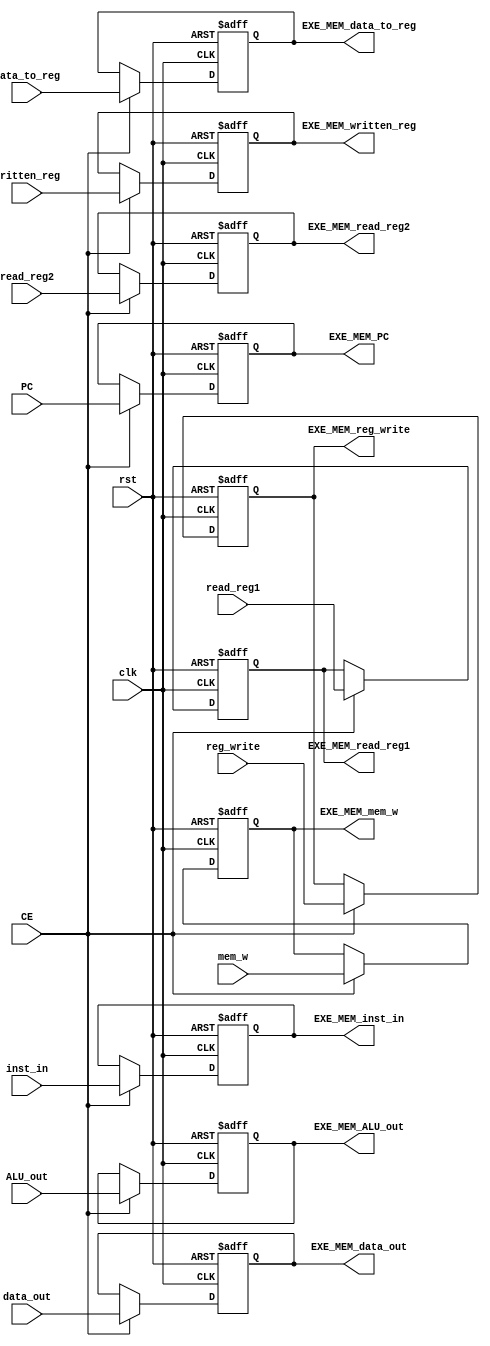
`timescale 1ps / 1ps
//////////////////////////////////////////////////////////////////////////////////
// Company: 
// Engineer: 
// 
// Design Name: 
// Module Name: REG_EXE_MEM
// Project Name: 
// Target Devices: 
// Tool Versions: 
// Description: 
// 
// Dependencies: 
// 
// Revision:
// Revision 0.01 - File Created
// Additional Comments:
// 
//////////////////////////////////////////////////////////////////////////////////


module REG_EXE_MEM(
        input clk,
        input rst,
        input CE,
        // Input
        input [31:0] inst_in,
        input [31:0] PC,
        input [31:0] ALU_out,
        input [31:0] data_out,
        input mem_w,
        input [1:0] data_to_reg,
        input reg_write,
        input [4:0] written_reg,
        input [4:0] read_reg1,
        input [4:0] read_reg2,
        
        // Output
        output reg [31:0] EXE_MEM_inst_in,
        output reg [31:0] EXE_MEM_PC = 0,
        output reg [31:0] EXE_MEM_ALU_out,
        output reg [31:0] EXE_MEM_data_out,
        output reg EXE_MEM_mem_w,
        output reg [1:0] EXE_MEM_data_to_reg,
        output reg EXE_MEM_reg_write,
        output reg [4:0] EXE_MEM_written_reg,
        output reg [4:0] EXE_MEM_read_reg1,
        output reg [4:0] EXE_MEM_read_reg2
    );
    always @ (posedge clk or posedge rst) begin
        if (rst == 1) begin
            EXE_MEM_inst_in     <= 32'h00000013;
            EXE_MEM_PC          <= 32'h00000000;
            EXE_MEM_ALU_out     <= 32'h00000000;
            EXE_MEM_data_out    <= 32'h00000000;
            EXE_MEM_mem_w       <= 1'b0;
            EXE_MEM_data_to_reg   <= 2'b00;
            EXE_MEM_reg_write    <= 1'b0;
            EXE_MEM_written_reg <= 5'b00000;
            EXE_MEM_read_reg1   <= 5'b00000;
            EXE_MEM_read_reg2   <= 5'b00000;
        end
        else if (CE) begin
            EXE_MEM_inst_in     <= inst_in;
            EXE_MEM_PC          <= PC;
            EXE_MEM_ALU_out     <= ALU_out;
            EXE_MEM_data_out    <= data_out;
            EXE_MEM_mem_w       <= mem_w;
            EXE_MEM_data_to_reg   <= data_to_reg;
            EXE_MEM_reg_write    <= reg_write;
            EXE_MEM_written_reg <= written_reg;
            EXE_MEM_read_reg1   <= read_reg1;
            EXE_MEM_read_reg2   <= read_reg2;
        end
    end
endmodule